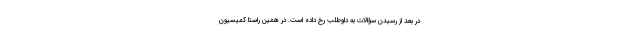
در بعد از رسیدن سؤالات به داوطلب رخ داده است. در همین راستا کمیسیون